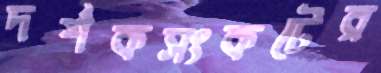
দর্শকসংকটের